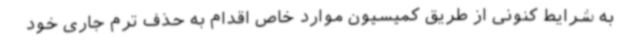
به شرایط کنونی از طریق کمیسیون موارد خاص اقدام به حذف ترم جاری خود